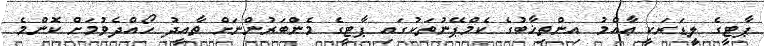
ޕާޓީގެ ލީޑަރަކީ ޢާއްމު އިންތިޚާބުގެ ކެމްޕޭނުތަކުގައި ޕާޓީގެ މެންބަރުންނަށް ތާއީދު ހޯއްދެވުމަށް ކޮންމެ